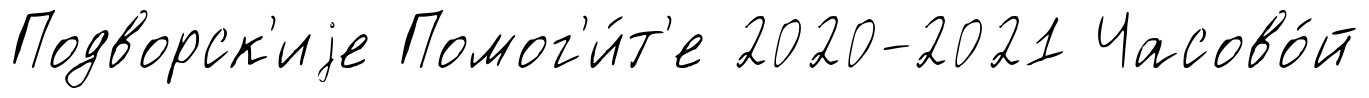
Подворск'иjе Помог'и́т'е 2020-2021 Часово́й